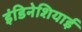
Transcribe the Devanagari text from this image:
इंडिनेशियाई